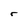
Character: r